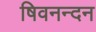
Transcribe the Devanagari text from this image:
षिवनन्दन